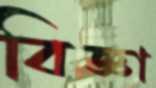
বিজ্ঞা